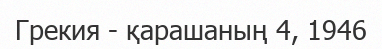
Грекия - қарашаның 4, 1946